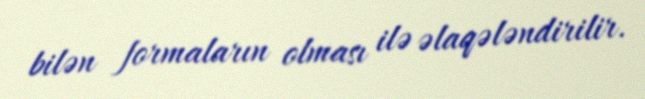
bilən formaların olması ilə əlaqələndirilir.